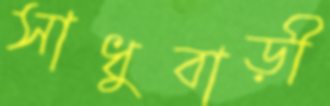
সাধুবাড়ী